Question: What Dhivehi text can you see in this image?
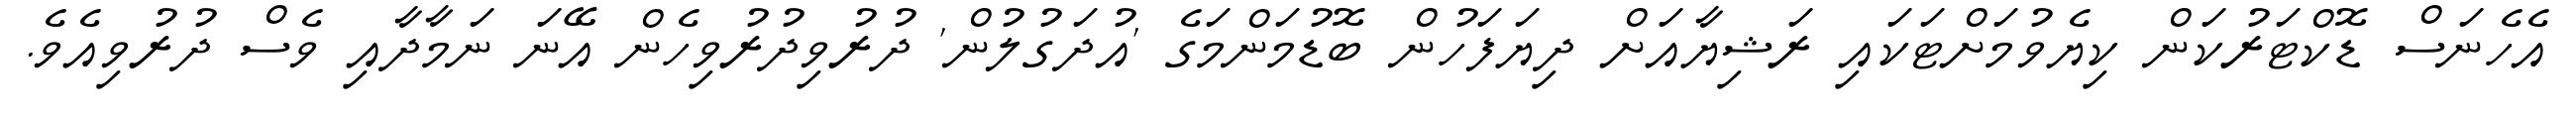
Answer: އެހެނަސް ޑޮކްޓަރުކަން ކިޔެވުމަށްޓަކައި ރަޝިޔާއަށް ދިޔަފަހުން ބޮޑުމަންމަގެ 'އުދަގުލުން' ދުރުވިދުރުވިހެން އޭނަ ނަމާދާއި ވެސް ދުރުވިއެވެ.